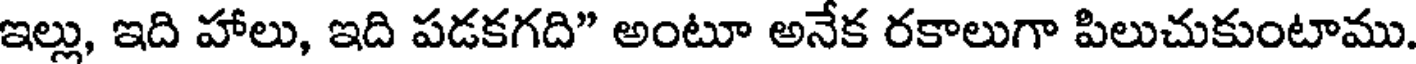
ఇల్లు, ఇది హాలు, ఇది పడకగది" అంటూ అనేక రకాలుగా పిలుచుకుంటాము.